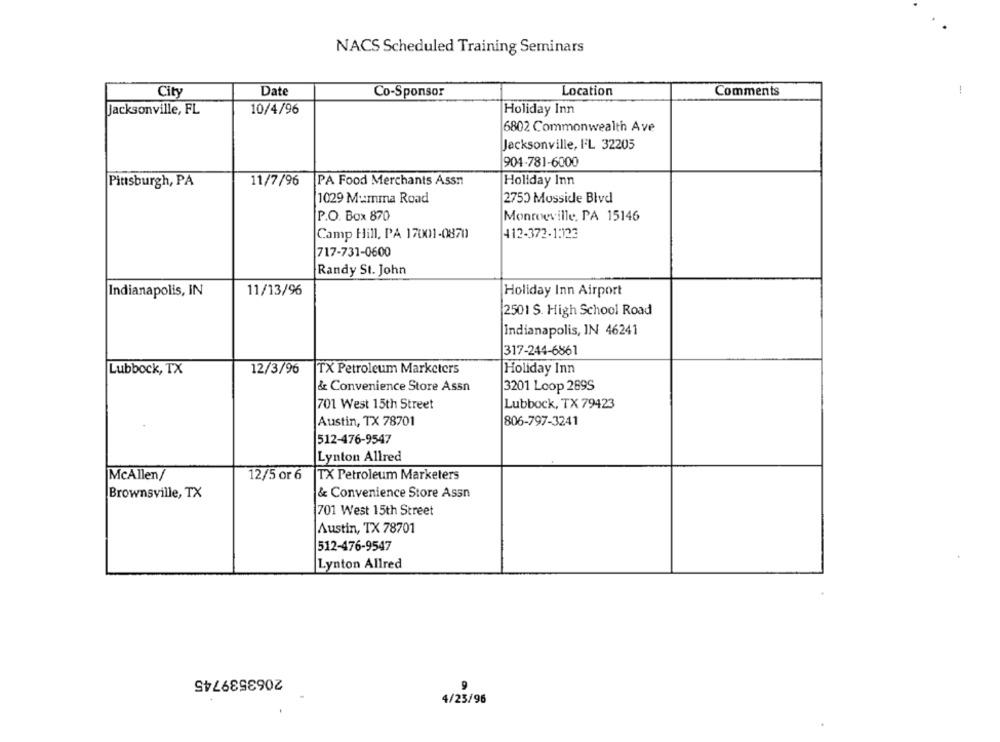
NACS Scheduled Training Seminars
City
Date
Co-Sponsor
Location
Comments
-
Jacksonville, FL
10/4/96
Holiday Inn
6802 Commonwealth Ave
Jacksonville, FL 32205
904-781-6000
Pittsburgh, PA
11/7/96
PA Food Merchants Assn
Holiday Inn
1029 Mumma Road
2750 Mosside Blvd
P.O. Box 870
Monroeville, PA 15146
Camp Hill, PA 17001-0870
412-372-1:123
717-731-0600
Randy St. John
Indianapolis, IN
11/13/96
Holiday Inn Airport
2501 S. High School Road
Indianapolis, IN 46241
317-244-6861
Lubbock, TX
12/3/96
TX Petroleum Marketers
Holiday Inn
& Convenience Store Assn
3201 Loop 289S
701 West 15th Street
Lubbock, TX 79423
Austin, TX 78701
806-797-3241
512-476-9547
Lynton Allred
McAllen/
12/5 or 6
TX Petroleum Marketers
Brownsville, TX
& Convenience Store Assn
701 West 15th Street
Austin, TX 78701
512-476-9547
Lynton Allred
2063539745
9
4/25/96